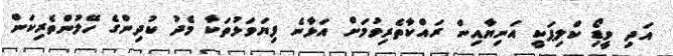
އަދި ވީޑިޯ ކްލިޕަކީ އަނިޔާއިން ރައްކާތެރިވުމަށް އަޅާނެ ފިޔަވަޅުތަކާ މެދު ކުދިންގެ ހޭލުންތެރިކަން